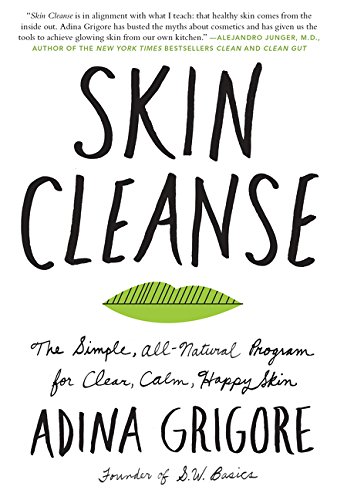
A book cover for Skin Cleanse: The Simple, All-Natural Program for Clear, Calm, Happy Skin; Adina Grigore; Health, Fitness & Dieting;